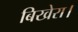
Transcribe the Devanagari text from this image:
बिखेरा।